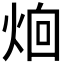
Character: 𪸰